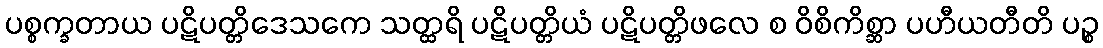
ပစ္စက္ခတာယ ပဋိပတ္တိဒေသကေ သတ္ထရိ ပဋိပတ္တိယံ ပဋိပတ္တိဖလေ စ ဝိစိကိစ္ဆာ ပဟီယတီတိ ပဉ္စ